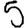
Digit: 5